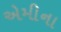
એમીના